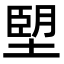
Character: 𪤀